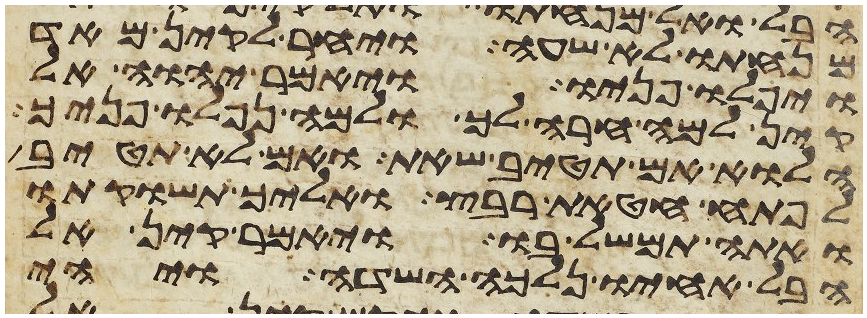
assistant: מנחתו לא שעה ויחר לקין מאד
ויפלו פניו ויאמר יהוה אל
קין למה חרה לך ולמה נפלו פניך
הלוא אם תטיב שאת ואם לא תטיב
לפתח חטאת רבץ ואליך תשוקתו
ואתה תמשל בו ויאמר קין אל
הבל אחיו נלכה השדה ויהי